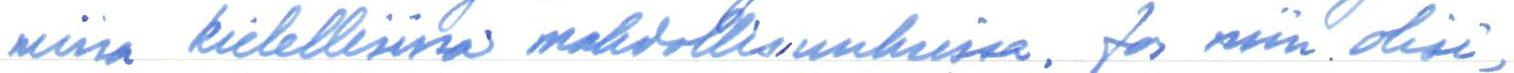
missa kielellisissä mahdollisuuksissa. Jos niin olisi,